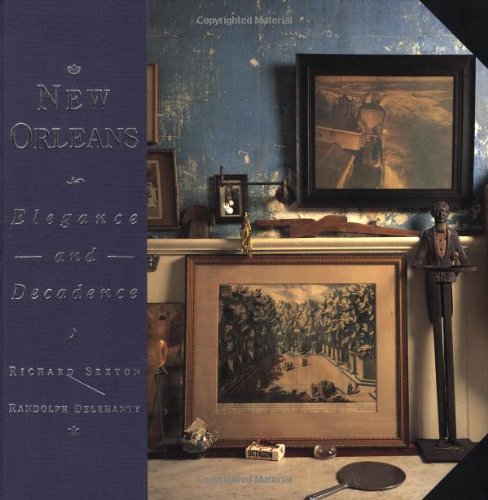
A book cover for New Orleans: Elegance and Decadence; Randolph Delehanty; Arts & Photography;